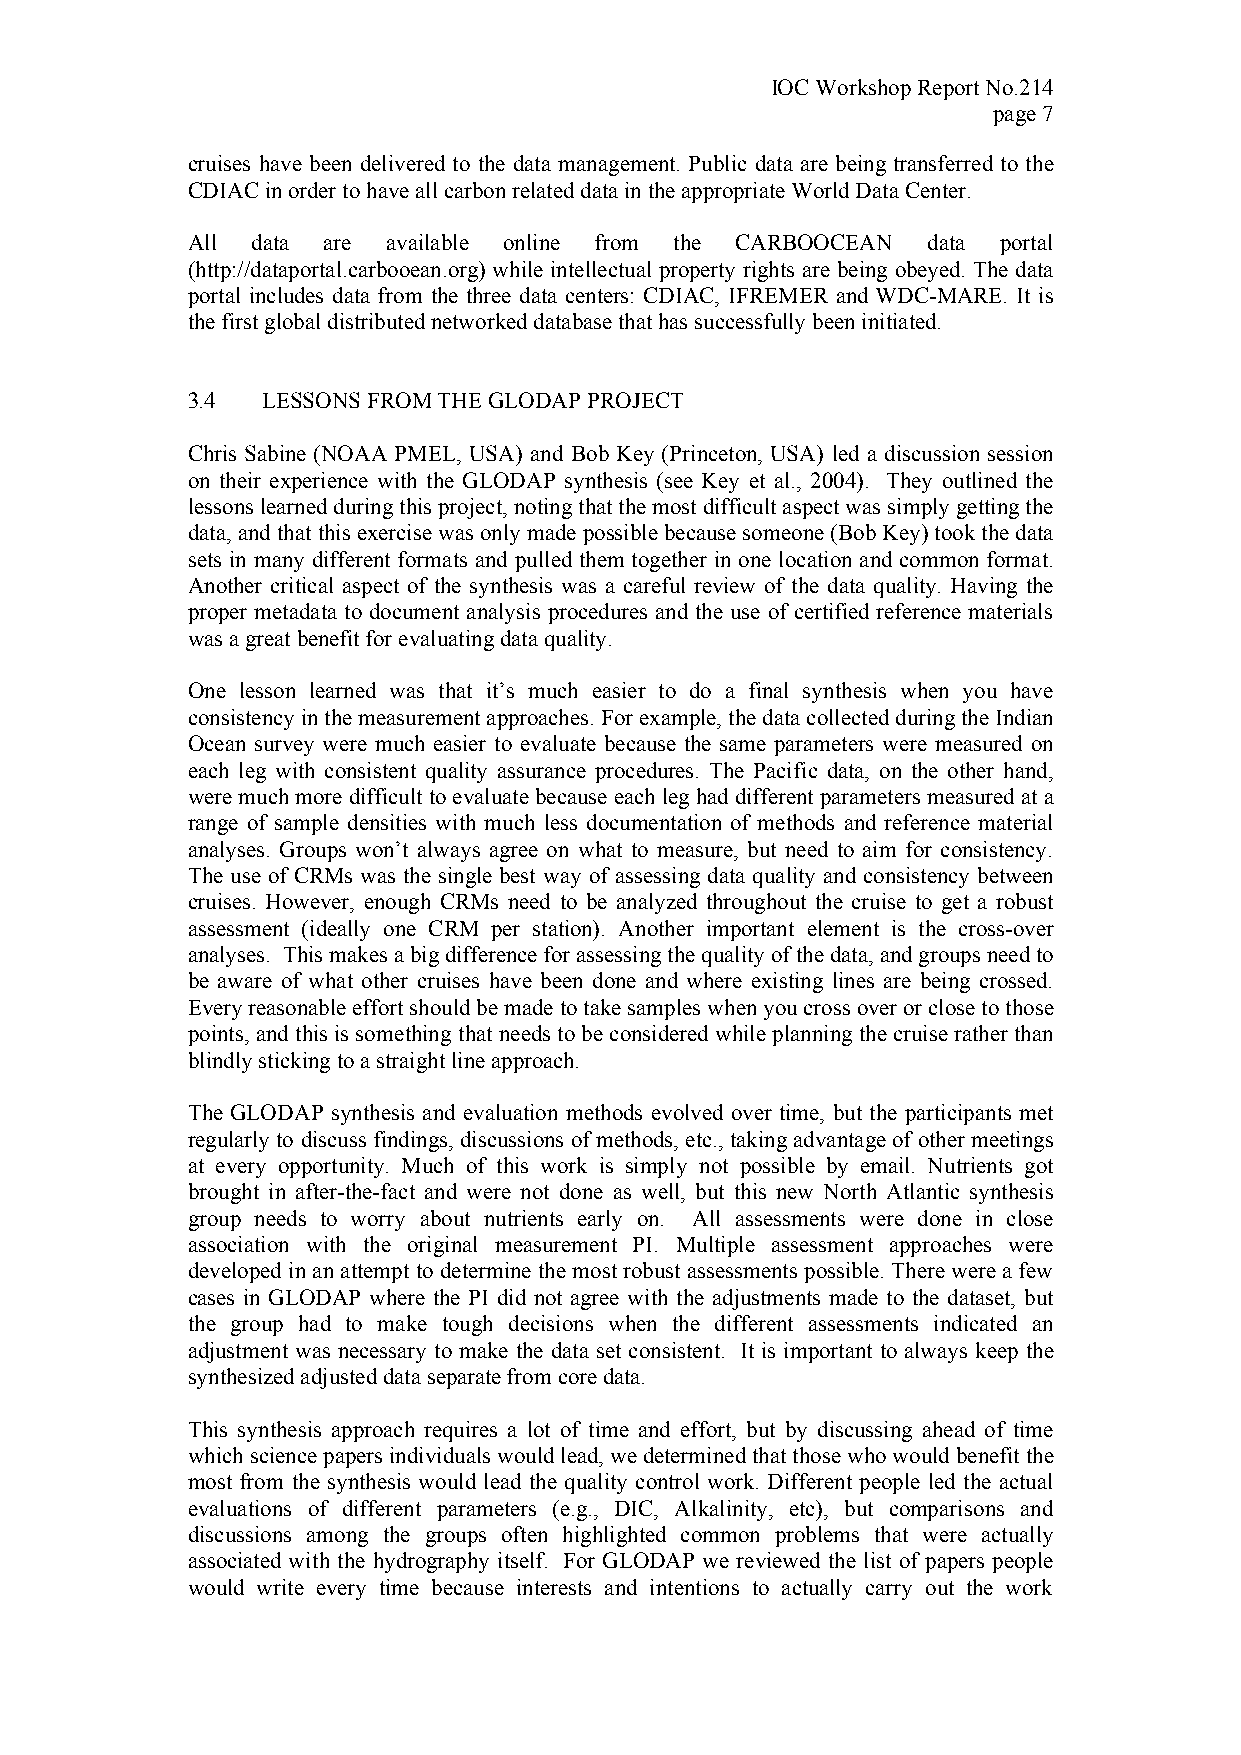
IOC Workshop Report No.214
 page 7
 cruises have been delivered to the data management. Public data are being transferred to the
 CDIAC in order to have all carbon related data in the appropriate World Data Center.
 All  data are available online from the CARBOOCEAN data portal
 (http://dataportal.carbooean.org) while intellectual property rights are being obeyed. The data
 portal includes data from the three data centers: CDIAC, IFREMER and WDC-MARE. It is
 the first global distributed networked database that has successfully been initiated.
 3.4  LESSONS FROM THE GLODAP PROJECT
 Chris Sabine (NOAA PMEL, USA) and Bob Key (Princeton, USA) led a discussion session
 on their experience with the GLODAP synthesis (see Key et al., 2004). They outlined the
 lessons learned during this project, noting that the most difficult aspect was simply getting the
 data, and that this exercise was only made possible because someone (Bob Key) took the data
 sets in many different formats and pulled them together in one location and common format.
 Another critical aspect of the synthesis was a careful review of the data quality. Having the
 proper metadata to document analysis procedures and the use of certified reference materials
 was a great benefit for evaluating data quality.
 One lesson learned was that it’s much easier to do a final synthesis when you have
 consistency in the measurement approaches. For example, the data collected during the Indian
 Ocean survey were much easier to evaluate because the same parameters were measured on
 each leg with consistent quality assurance procedures. The Pacific data, on the other hand,
 were much more difficult to evaluate because each leg had different parameters measured at a
 range of sample densities with much less documentation of methods and reference material
 analyses. Groups won’t always agree on what to measure, but need to aim for consistency.
 The use of CRMs was the single best way of assessing data quality and consistency between
 cruises. However, enough CRMs need to be analyzed throughout the cruise to get a robust
 assessment (ideally one CRM per station). Another important element is the cross-over
 analyses. This makes a big difference for assessing the quality of the data, and groups need to
 be aware of what other cruises have been done and where existing lines are being crossed.
 Every reasonable effort should be made to take samples when you cross over or close to those
 points, and this is something that needs to be considered while planning the cruise rather than
 blindly sticking to a straight line approach.
 The GLODAP synthesis and evaluation methods evolved over time, but the participants met
 regularly to discuss findings, discussions of methods, etc., taking advantage of other meetings
 at every opportunity. Much of this work is simply not possible by email. Nutrients got
 brought in after-the-fact and were not done as well, but this new North Atlantic synthesis
 group needs to worry about nutrients early on. All assessments were done in close
 association with the original measurement PI. Multiple assessment approaches were
 developed in an attempt to determine the most robust assessments possible. There were a few
 cases in GLODAP where the PI did not agree with the adjustments made to the dataset, but
 the group had to make tough decisions when the different assessments indicated an
 adjustment was necessary to make the data set consistent. It is important to always keep the
 synthesized adjusted data separate from core data.
 This synthesis approach requires a lot of time and effort, but by discussing ahead of time
 which science papers individuals would lead, we determined that those who would benefit the
 most from the synthesis would lead the quality control work. Different people led the actual
 evaluations of different parameters (e.g., DIC, Alkalinity, etc), but comparisons and
 discussions among the groups often highlighted common problems that were actually
 associated with the hydrography itself. For GLODAP we reviewed the list of papers people
 would write every time because interests and intentions to actually carry out the work